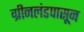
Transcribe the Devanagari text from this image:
ग्रीनलंडपासून